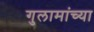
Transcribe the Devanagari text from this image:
गुलामांच्या